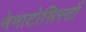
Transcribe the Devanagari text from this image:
नेमाटोसिस्टों